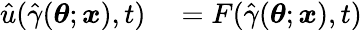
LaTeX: \begin{array}{rl}{\hat{u}(\hat{\gamma}(\boldsymbol{\theta};\boldsymbol{x}),t)}&{{}=F(\hat{\gamma}(\boldsymbol{\theta};\boldsymbol{x}),t)}\end{array}